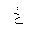
Letter: _kha